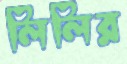
লিলির